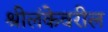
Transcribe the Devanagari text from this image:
श्रीलंकेवरील